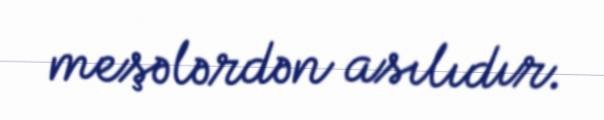
meşələrdən asılıdır.